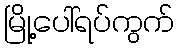
မြို့ပေါ်ရပ်ကွက်